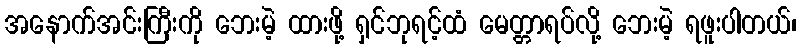
အနောက်အင်းကြီးကို ဘေးမဲ့ ထားဖို့ ရှင်ဘုရင့်ထံ မေတ္တာရပ်လို့ ဘေးမဲ့ ရဖူးပါတယ်၊